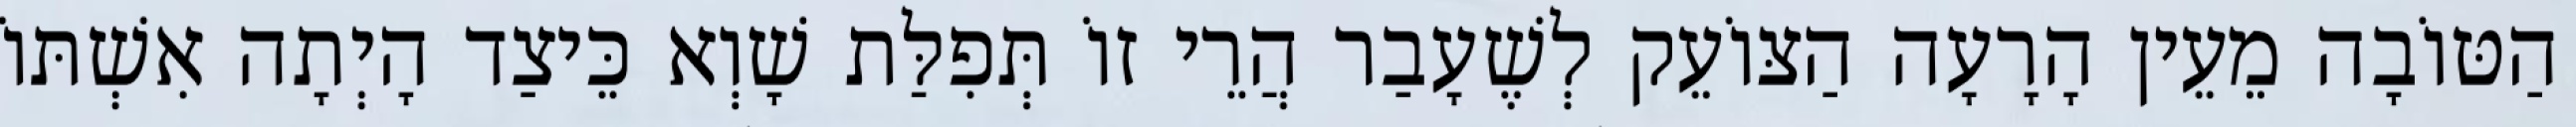
הַטּוֹבָה מֵעֵין הָרָעָה הַצּוֹעֵק לְשֶׁעָבַר הֲרֵי זוֹ תְּפִלַּת שָׁוְא כֵּיצַד הָיְתָה אִשְׁתּוֹ